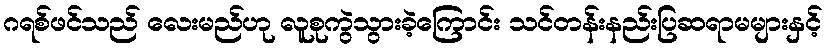
ဂရစ်ဖင်သည် လေးမည်ဟု လူစုကွဲသွားခဲ့ကြောင်း သင်တန်းနည်းပြဆရာမများနှင့်